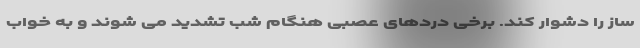
ساز را دشوار کند. برخی دردهای عصبی هنگام شب تشدید می شوند و به خواب